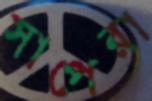
সাপেরা